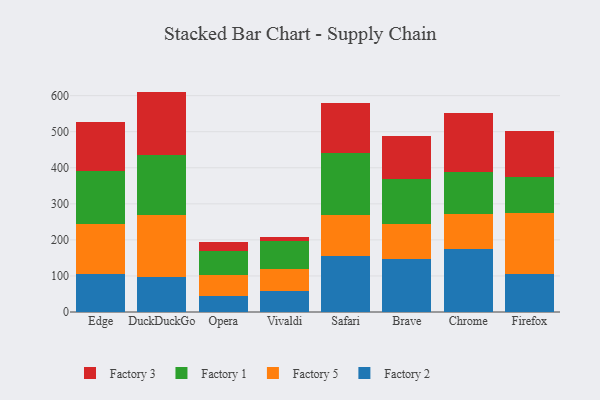
{"axis": {"x": "Browser", "y": "Energy Usage (MWh)"}, "legend": ["Factory 1", "Factory 2", "Factory 3", "Factory 5"], "data": [{"x": "Edge", "y": 104.4, "type": "Factory 2"}, {"x": "Edge", "y": 139.2, "type": "Factory 5"}, {"x": "Edge", "y": 147.6, "type": "Factory 1"}, {"x": "Edge", "y": 136.2, "type": "Factory 3"}, {"x": "DuckDuckGo", "y": 96.8, "type": "Factory 2"}, {"x": "DuckDuckGo", "y": 173.4, "type": "Factory 5"}, {"x": "DuckDuckGo", "y": 166.1, "type": "Factory 1"}, {"x": "DuckDuckGo", "y": 175.0, "type": "Factory 3"}, {"x": "Opera", "y": 45.7, "type": "Factory 2"}, {"x": "Opera", "y": 57.0, "type": "Factory 5"}, {"x": "Opera", "y": 65.6, "type": "Factory 1"}, {"x": "Opera", "y": 25.0, "type": "Factory 3"}, {"x": "Vivaldi", "y": 57.3, "type": "Factory 2"}, {"x": "Vivaldi", "y": 60.6, "type": "Factory 5"}, {"x": "Vivaldi", "y": 78.7, "type": "Factory 1"}, {"x": "Vivaldi", "y": 11.3, "type": "Factory 3"}, {"x": "Safari", "y": 155.0, "type": "Factory 2"}, {"x": "Safari", "y": 115.4, "type": "Factory 5"}, {"x": "Safari", "y": 169.4, "type": "Factory 1"}, {"x": "Safari", "y": 139.4, "type": "Factory 3"}, {"x": "Brave", "y": 146.6, "type": "Factory 2"}, {"x": "Brave", "y": 98.8, "type": "Factory 5"}, {"x": "Brave", "y": 123.2, "type": "Factory 1"}, {"x": "Brave", "y": 119.9, "type": "Factory 3"}, {"x": "Chrome", "y": 175.7, "type": "Factory 2"}, {"x": "Chrome", "y": 97.0, "type": "Factory 5"}, {"x": "Chrome", "y": 114.7, "type": "Factory 1"}, {"x": "Chrome", "y": 165.0, "type": "Factory 3"}, {"x": "Firefox", "y": 105.7, "type": "Factory 2"}, {"x": "Firefox", "y": 169.6, "type": "Factory 5"}, {"x": "Firefox", "y": 98.9, "type": "Factory 1"}, {"x": "Firefox", "y": 126.9, "type": "Factory 3"}]}